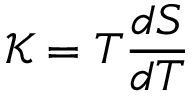
{ \mathcal { K } } = T { \frac { d S } { d T } }